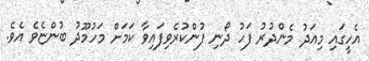
އެހީގައި މިއަދު މެންދުރު ފަހު ދޯނި ފުންކުރެވިފައިވާ ކަމަށް މަހުމޫދު ބުންޏެވެ އެވެ.